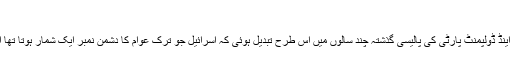
15 جون, 2015
اردوغان اور انکی جسٹس اینڈ ڈولپمنٹ پارٹی کی پالیسی گذشتہ چند سالوں میں اس طرح تبدیل ہوئی کہ اسرائیل جو ترک عوام کا دشمن نمبر ایک شمار ہوتا تھا اسکی جگہ پر داعش آگئی۔